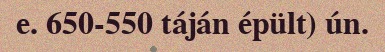
e. 650-550 táján épült) ún.